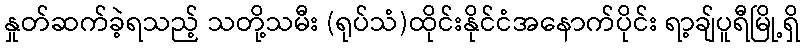
နှုတ်ဆက်ခဲ့ရသည့် သတို့သမီး (ရုပ်သံ)ထိုင်းနိုင်ငံအနောက်ပိုင်း ရာ့ချ်ပူရီမြို့ရှိ